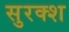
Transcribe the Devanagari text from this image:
सुरक्श